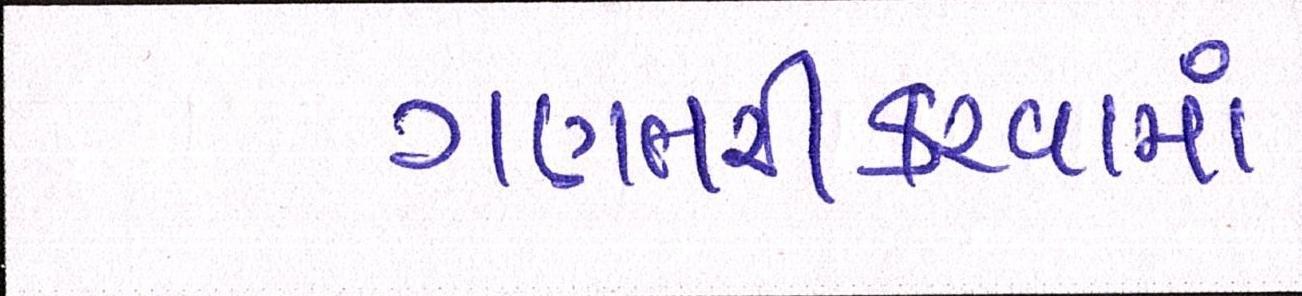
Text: ગણતરીકરવામાં